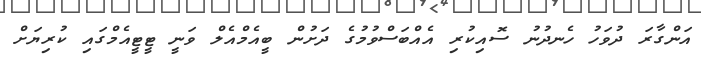
އަންގާރަ ދުވަހު ހެނދުނު ސޮއިކުރި އެއްބަސްވުމުގެ ދަށުން ބީއެމްއެލް ވަނީ ޓީޓީއެމްގައި ކުރިޔަށް